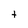
Character: t